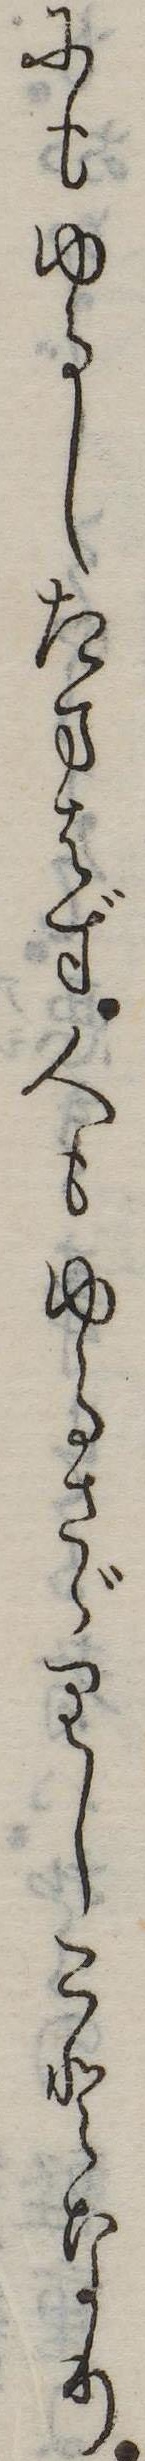
にもゆるしたまはず人もゆるさゞりしことなり